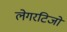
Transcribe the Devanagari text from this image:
लेगरटिजो